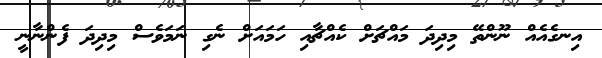
އިނގެއެއް ނޫންތޭ މިދިދަ މައްޗަށް ކެއްޗާއި ހަމައަށް ނެގި ނަމަވެސް މިދިދަ ފެންނާނީ